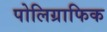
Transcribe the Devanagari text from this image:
पोलिग्राफिक